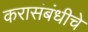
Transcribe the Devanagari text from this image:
करासंबंधीचे